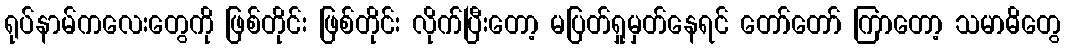
ရုပ်နာမ်ကလေးတွေကို ဖြစ်တိုင်း ဖြစ်တိုင်း လိုက်ပြီးတော့ မပြတ်ရှုမှတ်နေရင် တော်တော် ကြာတော့ သမာဓိတွေ